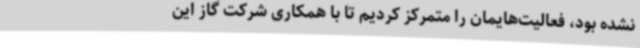
نشده بود، فعالیت‌هایمان را متمرکز کردیم تا با همکاری شرکت گاز این